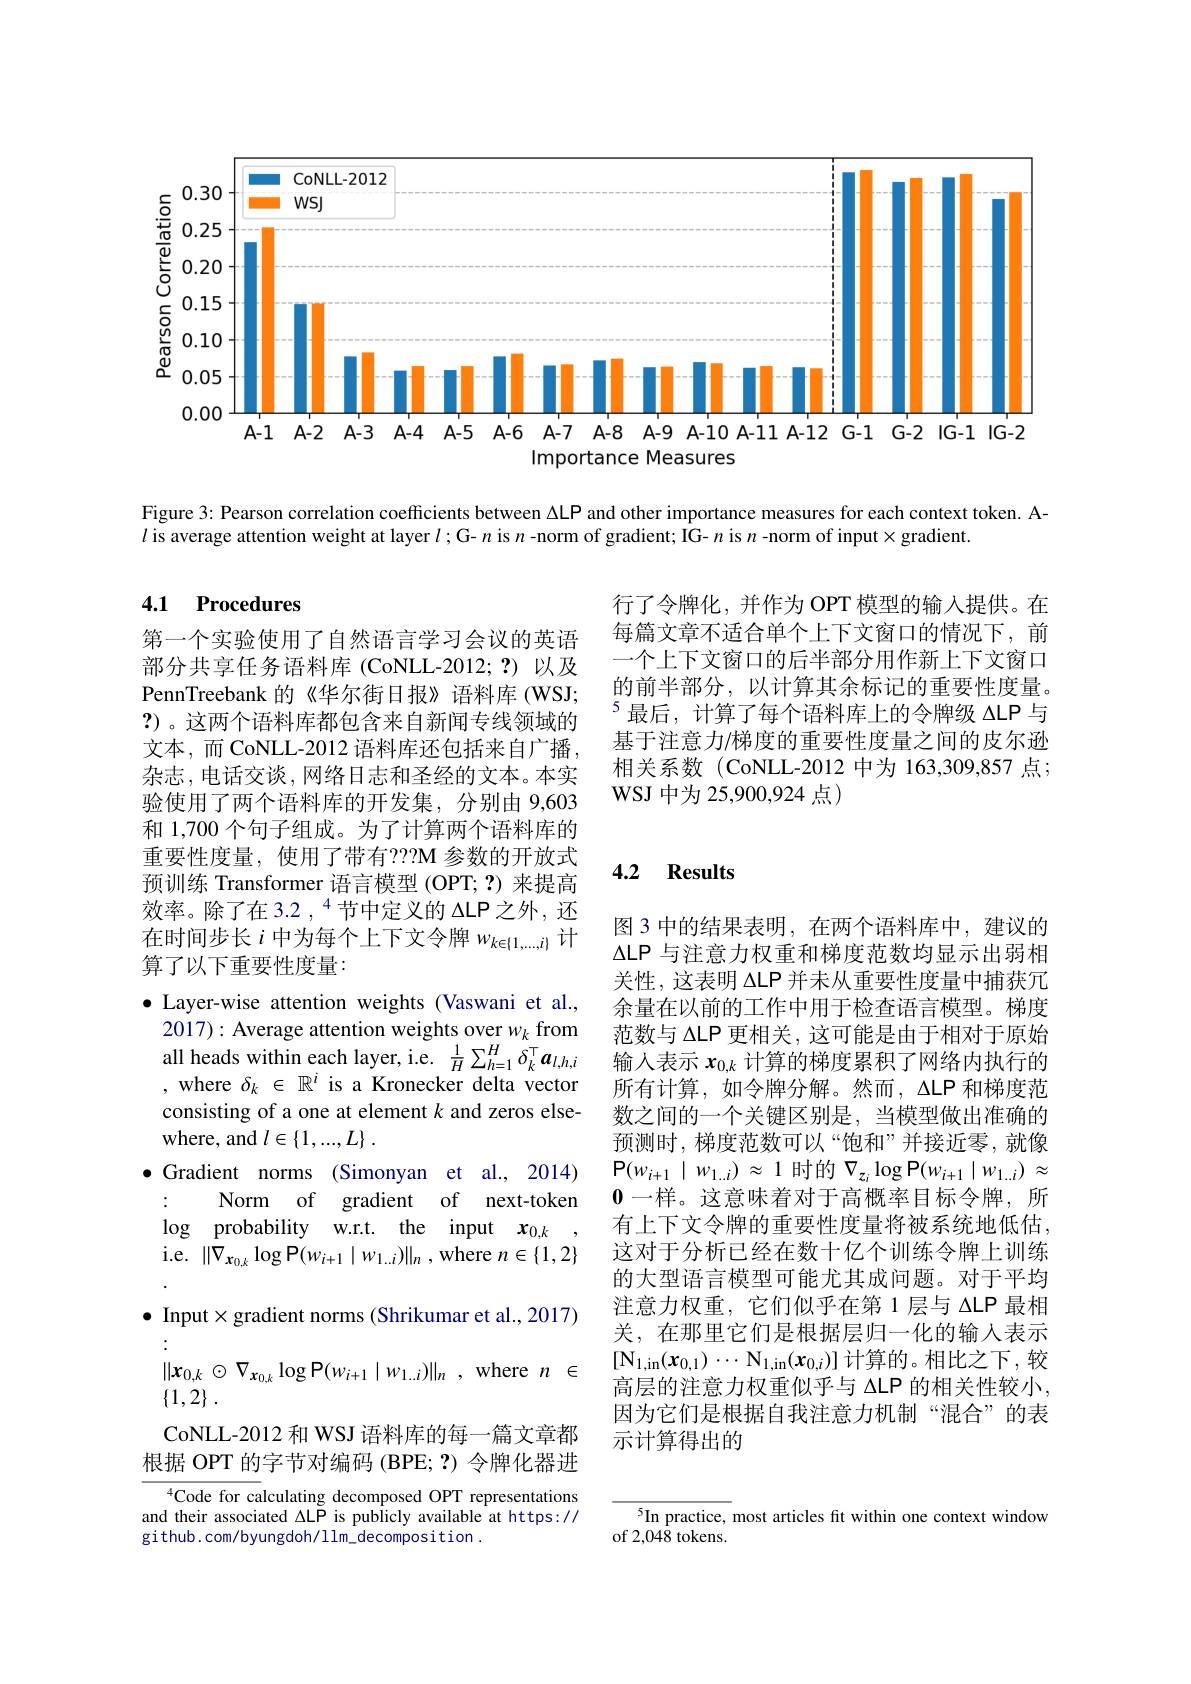
<FigureHere>

Figure 3: Pearson correlation coefficients between $\Delta$LP and other importance measures for each context token. A-

$l$ is average attention weight at layer $l;$G- $n$ is $n$ -norm of gradient; IG- $n$ is $n$ -norm of input$\times$gradient

行了令牌化，并作为 OPT 模型的输入提供。在每篇文章不适合单个上下文窗口的情况下，前一个上下文窗口的后半部分用作新上下文窗口的前半部分，以计算其余标记的重要性度量。$^{5}$最后，计算了每个语料库上的令牌级 ΔLP 与基于注意力/梯度的重要性度量之间的皮尔逊相关系数(CoNLL-2012 中为 163,309,857 点； WSJ 中为 25,900,924 点)

## 4.1 Procedures

第一个实验使用了自然语言学习会议的英语部分共享任务语料库(CoNLL-2012;?)以及PennTreebank 的《华尔街日报》语料库(WSJ; ?)。这两个语料库都包含来自新闻专线领域的文本，而 CoNLL-2012 语料库还包括来自广播， 杂志，电话交谈，网络日志和圣经的文本。本实验使用了两个语料库的开发集，分别由 9,603和 1,700 个句子组成。为了计算两个语料库的重要性度量，使用了带有？??M 参数的开放式预训练 Transformer 语言模型 (OPT; ?) 来提高效率。除了在 3.2 , “节中定义的 ΔLP 之外，还在时间步长$i$中为每个上下文令牌$w_k\in\{1,...,i\}$计算了以下重要性度量：
$\bullet$ Layer-wise attention weights (Vaswani et al.,
2017) : Average attention weights over $w_k$ from 范 数 与 $\Delta$LP 更 相 关 , 这 可 能 是 由 于 相 对 于 原 始 all heads within each layer, i. e. $\frac 1H\sum _{h= 1}^H\delta _k^\top \boldsymbol{a}_{l, h, i}$ 输 人 表 示 $x_{0k}$ 计 算 的 梯 度 累 积 了 网 络 内 执 行 的
, where $\delta_k\in\mathbb{R}^i$ is a Kronecker delta vector consisting of a one at element $k$ and zeros elsewhere, and $l\in \{ 1, . . . , L\}$ .
$\bullet$ Gradient norms (Simonyan et al., 2014)
$\vdots$
Norm of gradient of next-token
$\log$ probability w.r.t. the input $x_0,k$
i.e. $\|\nabla_{\mathbf{x}_{0,k}}\log\mathsf{P}(w_{i+1}\mid w_{1..i})\|_{n}$ , where $n\in\{1,2\}$ $\bullet$ Input$\times$gradient norms (Shrikumar et al., 2017)
$\| \boldsymbol{x}_{0, k}\odot \nabla _{\boldsymbol{x}_{0, k}}\log \mathsf{P} ( w_{i+ 1}\mid w_{1. . i}) \| _{n}$ , where $n$ $\in$
$\{ 1, 2\}$ .
CoNLL-2012 和 WSJ 语料库的每一篇文章都根据 OPT 的字节对编码 (BPE; $\mathbf{?}$)令牌化器进
$^{4}$Code for calculating decomposed OPT representations and their associated ΔLP is publicly available at https:// github. com/byungdoh/ llm\_decomposition~.

### 4.2 Results

图 3 中的结果表明，在两个语料库中，建议的$\Delta$LP 与注意力权重和梯度范数均显示出弱相关性，这表明 ΔLP 并未从重要性度量中捕获冗余量在以前的工作中用于检查语言模型。梯度输入表示$x_{0,k}$计算的梯度累积了网络内执行的所有计算，如令牌分解。然而，$\Delta$LP 和梯度范数之间的一个关键区别是，当模型做出准确的预测时，梯度范数可以“饱和”并接近零，就像$\mathsf{P}(w_{i+1}\mid w_{1..i})\approx1$时的$\nabla_z_i\log\mathsf{P}(w_{i+1}\mid w_{1..i})\approx$ $\mathbf{0}$一样。这意味着对于高概率目标令牌，所有上下文令牌的重要性度量将被系统地低估， 这对于分析已经在数十亿个训练令牌上训练的大型语言模型可能尤其成问题。对于平均注意力权重，它们似乎在第 1 层与 ΔLP 最相关，在那里它们是根据层归一化的输入表示$[\mathbb{N}_{1,\mathrm{in}}(\boldsymbol{x}_{0,1})\cdots\mathbb{N}_{1,\mathrm{in}}(\boldsymbol{x}_{0,i})]$计算的。相比之下，较高层的注意力权重似乎与 ΔLP 的相关性较小， 因为它们是根据自我注意力机制“混合”的表示计算得出的

$^{5}$In practice, most articles fit within one context window
of 2,048 tokens.